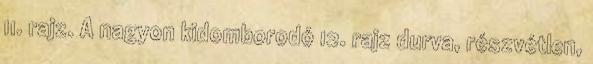
11. rajz. A nagyon kidomborodó 12. rajz durva, részvétlen,